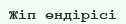
Жіп өндірісі